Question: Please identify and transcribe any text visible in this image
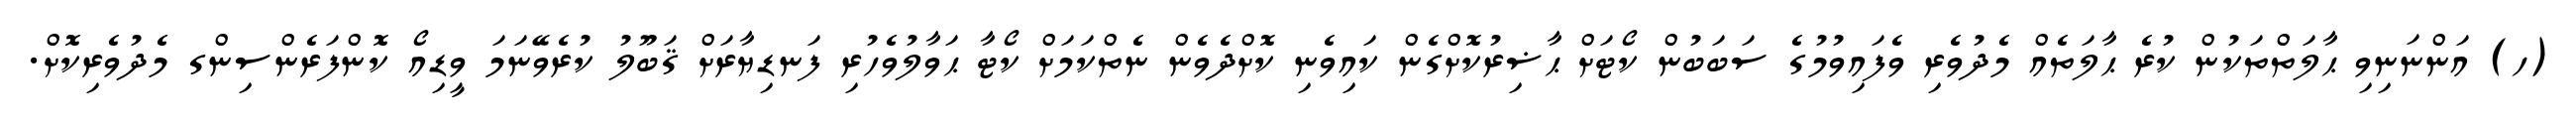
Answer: (ހ) އަންނަނިވި ޙާލަތްތަކުން ކުރެ ޙާލަތެއް މެދުވެރި ވެފައިވުމުގެ ސަބަބުން ކޯޓަށް ޙާޟިރުކޮށްގެން ކައިވެނި ކޮށްދެވެން ނެތްކަމަށް ކޯޓާ ޙަވާލުވެހުރި ފަނޑިޔާރަށް ޤަބޫލު ކުރެވޭނަމަ ވީޑިއޯ ކޮންފަރެންސިންގ މެދުވެރިކޮށް.